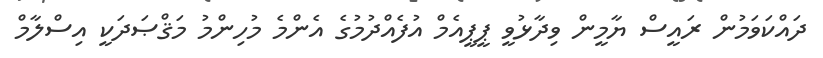
ދައްކަވަމުން ރައީސް ޔާމީން ވިދާޅުވީ ޕީޕީއެމް އުފެއްދުމުގެ އެންމެ މުހިންމު މަޤްޞަދަކީ އިސްލާމް